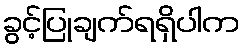
ခွင့်ပြုချက်ရရှိပါက